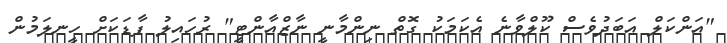
"އަންކަލް އަބަދުވެސް ކޫލްވާނެ އެކަމަކު ގޮތް ނިންމާނީ ނާޒްއާންޓީ" ރުހައިލު ފާޑަކަށް ހީނލަމުން